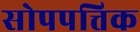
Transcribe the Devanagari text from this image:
सोपपत्तिक